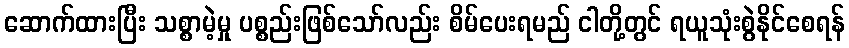
ဆောက်ထားပြီး သစ္စာမဲ့မှု ပစ္စည်းဖြစ်သော်လည်း စိမ်ပေးရမည် ငါတို့တွင် ရယူသုံးစွဲနိုင်စေရန်